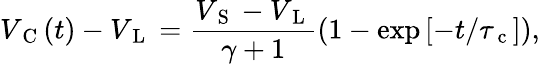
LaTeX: V_{\mathrm{~C~}}(t)-V_{\mathrm{~L~}}=\frac{V_{\mathrm{~S~}}-V_{\mathrm{~L~}}}{\gamma+1}\left(1-\exp\left[-t/\tau_{\mathrm{~c~}}\right]\right),